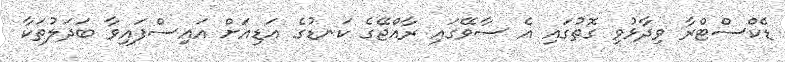
ޑެކްސްޓްރާ ވިދާޅުވި ގޮތުގައި އެ ސާވޭގައި ރާއްޖޭގެ ކަނޑުގެ އަޑިއަށް އައިސްފައިވާ ބަދަލުތަކާ